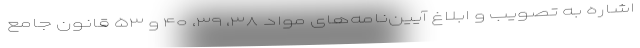
اشاره به تصویب و ابلاغ آیین‌نامه‌های مواد ۳۸، ۳۹، ۴۰ و ۵۳ قانون جامع